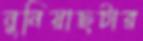
নুনিয়াছটার